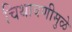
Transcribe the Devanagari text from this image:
चिथावणीमुळे